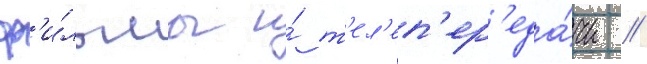
ф'и́льмы и́ т'ел'еп'ер'еда́чи //